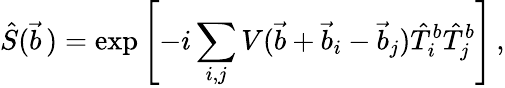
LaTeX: \hat{S}(\vec{b}\, )=\exp\left[-i\sum_{i,j}V(\vec{b}+\vec{b}_{i}-\vec{b}_{j})\hat{T}_{i}^{b}\hat{T}_{j}^{b}\right]\, ,